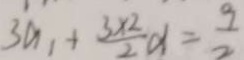
3 a _ { 1 } + \frac { 3 \times 2 } { 2 } d = \frac { 9 } { 2 }